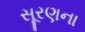
સૂરણના